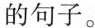
的句子。